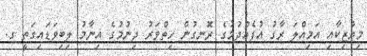
މިޔުޒިކާއި އަމިއްލަ ރާގު އުފެއްދުމުގެ ރޮނގުން ހިތްވަރު ދިނުމުގެ އިނާމު ލިބިވަޑައިގަތީ ގ.